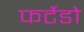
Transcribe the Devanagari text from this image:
फर्टेडो